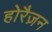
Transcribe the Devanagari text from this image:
होरैज़न